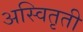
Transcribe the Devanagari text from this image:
अस्वितृती